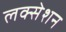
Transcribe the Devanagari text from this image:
लक्सेशन